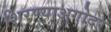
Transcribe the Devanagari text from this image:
शिरण्याअगोदर